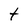
Character: t